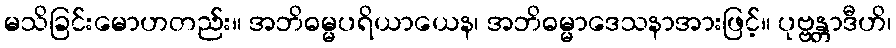
မသိခြင်းမောဟတည်း။ အဘိဓမ္မပရိယာယေန၊ အဘိဓမ္မာဒေသနာအားဖြင့်။ ပုဗ္ဗန္တာဒီဟိ၊